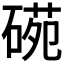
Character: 𥔙